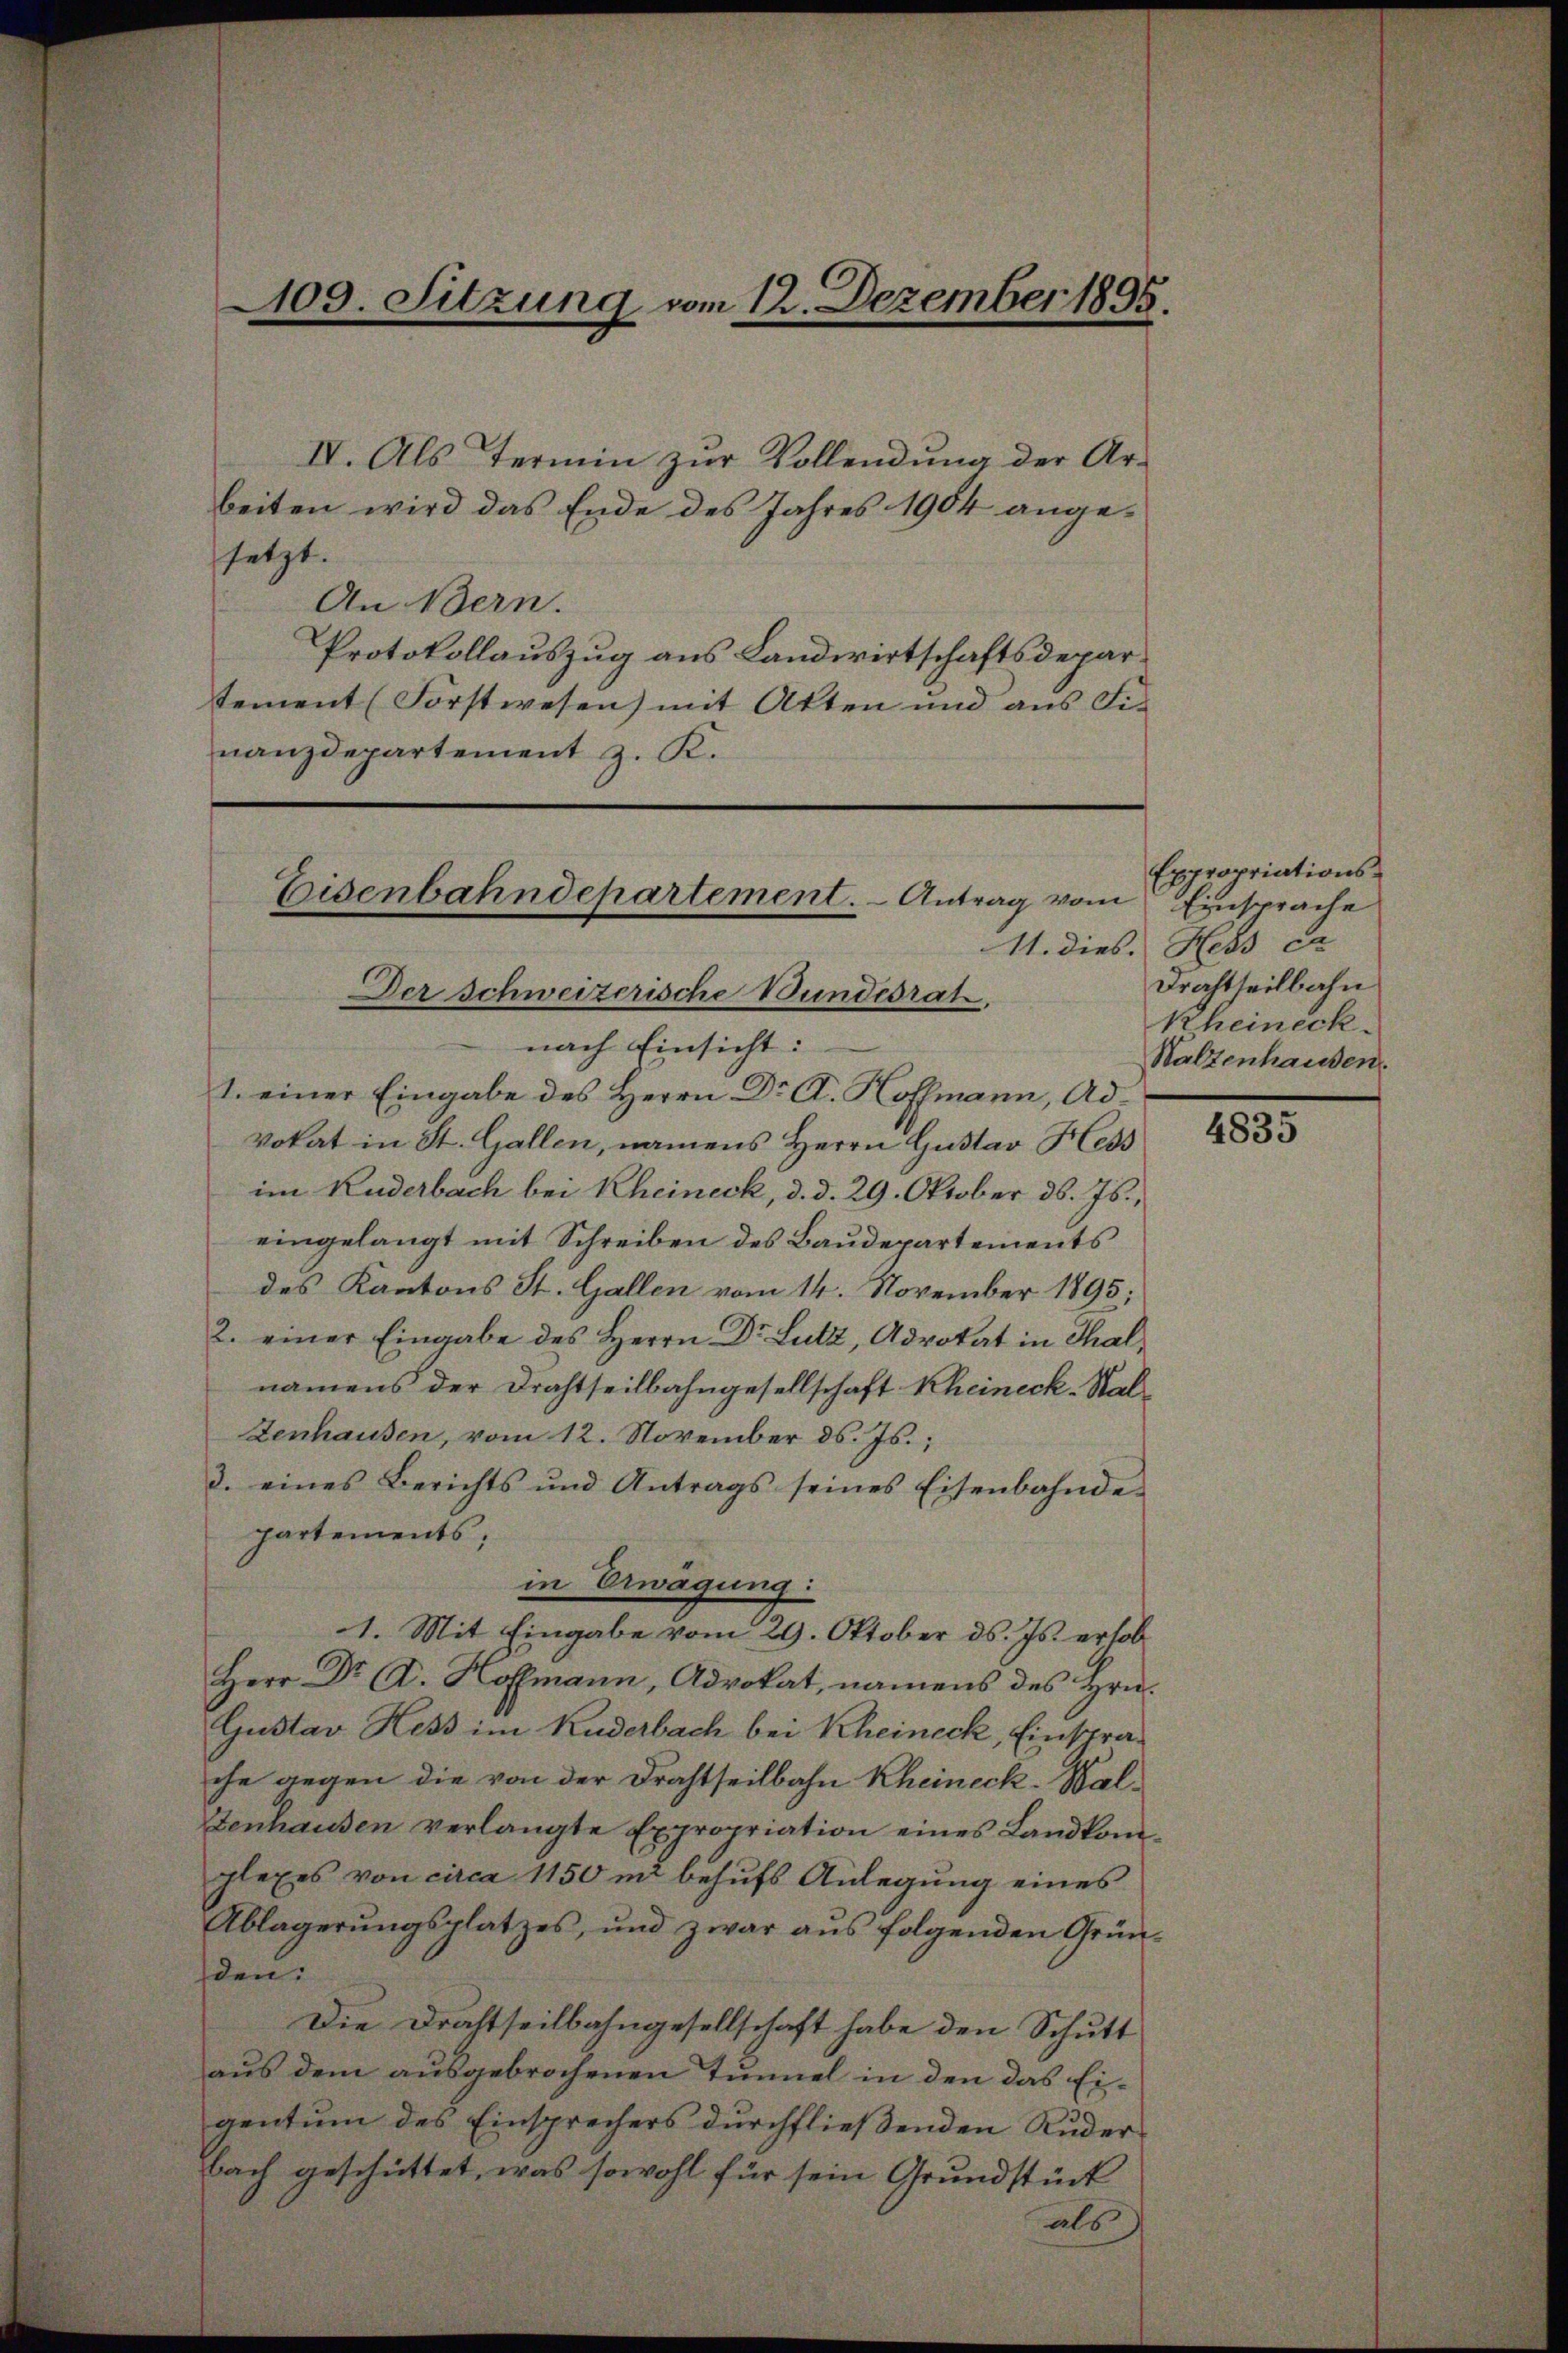
109. Sitzung vom 12. Dezember 1895.

IV. Als Termin zur Vollendung der Ar-
beiten wird das Ende des Jahres 1904 angesetzt.
An Bern.
Protokollauszug aus Landwirtschaftsdepartement (Forstwesen) mit Atten und aus Finanzdepartement z. K.

Eisenbahndepartement. - Antrag vom
Der Schweizerische Bundesrat.

nach Einsicht:
1. einer Eingabe des Herrn Dr A. Hoffmann, Advokat in St. Gallen, namens Herrn Gustav Hess
im Kuderbach bei Kheineck, d. d. 29. Oktober d. Js.,
eingelangt mit Schreiben des Baudepartements
des Kantons St. Gallen vom 14. November 1895;
2. einer Eingabe des Herrn Dr. Lutz, Advokat in Thalnamens der Drahtteilbahngesellschaft Kheineck-Stal¬
Zenhausen, vom 12. November d. Js.,
3. eines Berichts und Antrags seines Eisenbahnde-
partements,
in Erwägung:
1. Mit Eingabe vom 29. Oktober ds. Js. erlob
Herr Dr A. Hoffmann, Advokat, namens des Hrn.
Gustav Hess im Kuderbach bei Kheineck, Einstrache gegen die von der Drahtseilbahn Rheineck-Wal¬
Stenhausen verlangte Expropriation eines Landkomplexes von circa 1150 in behufs Anlegung eines
Ablagerŭngsplatzes, und zwar aŭs folgenden Grün-
den.
Die Drahtseitbahngesellschaft habe den Schutt
aus dem ausgebrochenen Tunnel in den das Eigentum des Einsprechers durchfließenden Ruderbach geschüttet, was sowohl für sein Grundstück
als

Expropriations¬
Einsprache
11. dies. Hess ca
Drachtheilbahn
Rheineck
Walzenhausen.

4835